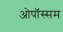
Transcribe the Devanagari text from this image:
ओपॉस्सम